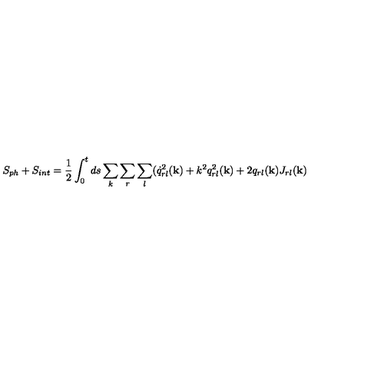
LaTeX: S _ { p h } + S _ { i n t } = \frac { 1 } { 2 } \int _ { 0 } ^ { t } d s \sum _ { k } \sum _ { r } \sum _ { l } ( \dot { q } _ { r l } ^ { 2 } ( { \bf k } ) + k ^ { 2 } q _ { r l } ^ { 2 } ( { \bf k } ) + 2 q _ { r l } ( { \bf k } ) J _ { r l } ( { \bf k } )